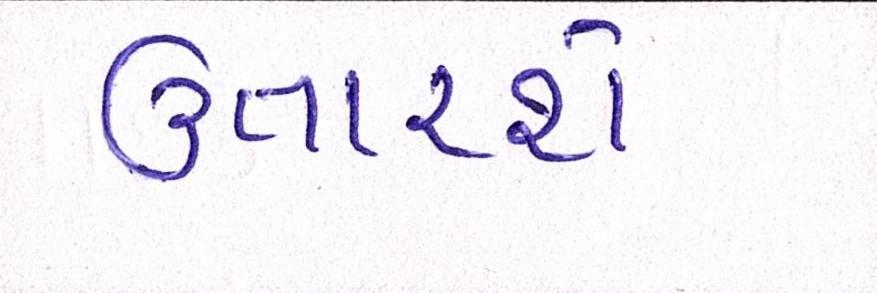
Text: ઉતારશે